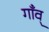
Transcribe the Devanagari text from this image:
गाँव्